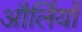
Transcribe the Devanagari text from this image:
और्लियाँ